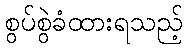
စွပ်စွဲခံထားရသည့်